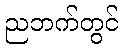
ညဘက်တွင်